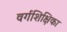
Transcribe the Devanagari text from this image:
वर्गशिक्षिका